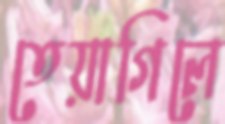
তেয়াগিলে